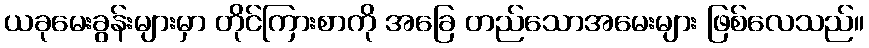
ယခုမေးခွန်းများမှာ တိုင်ကြားစာကို အခြေ တည်သောအမေးများ ဖြစ်လေသည်။